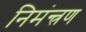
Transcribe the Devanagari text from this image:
निमंन्त्रण